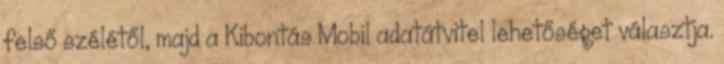
felső szélétől, majd a Kibontás Mobil adatátvitel lehetőséget választja.